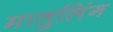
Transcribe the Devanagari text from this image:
मातुलिंग